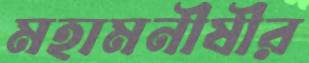
মহামনীষীর